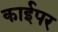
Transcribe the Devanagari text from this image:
काईपर